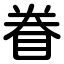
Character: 眷